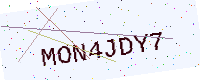
Text: MON4JDY7